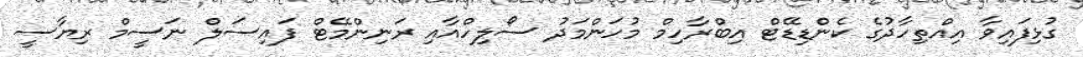
ގުޅިފައިވާ އިއްތިހާދުގެ ކެންޑިޑޭޓް އިބްރާހިމް މުހަންމަދު ސޯލިހްއާއި ރަނިންމޭޓް ފައިސަލް ނަސީމް ރިޔާސީ